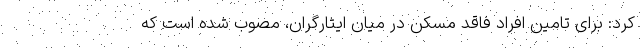
کرد: برای تامین افراد فاقد مسکن در میان ایثارگران، مصوب شده است که